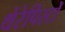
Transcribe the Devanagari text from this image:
थेरेपिस्टों